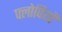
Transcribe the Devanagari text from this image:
फ्लोपियों